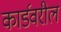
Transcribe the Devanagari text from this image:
कार्डवरील